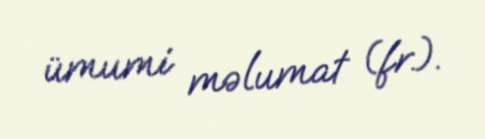
ümumi məlumat (fr.).